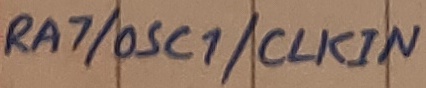
Text: RA7/OSC1/CLKIN